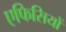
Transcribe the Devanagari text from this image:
एफिसियों